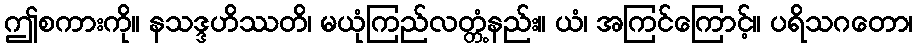
ဤစကားကို။ နသဒ္ဒဟိဿတိ၊ မယုံကြည်လတ္တံ့နည်း။ ယံ၊ အကြင်ကြောင့်။ ပရိသဂတော၊